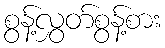
စွန့်လွှတ်စွန့်စား